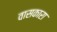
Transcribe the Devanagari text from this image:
वासकारा